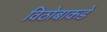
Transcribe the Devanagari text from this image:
विठोबाकडे